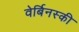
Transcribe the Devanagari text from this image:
वेर्बिनस्की